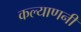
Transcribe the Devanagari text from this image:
कल्याणनी